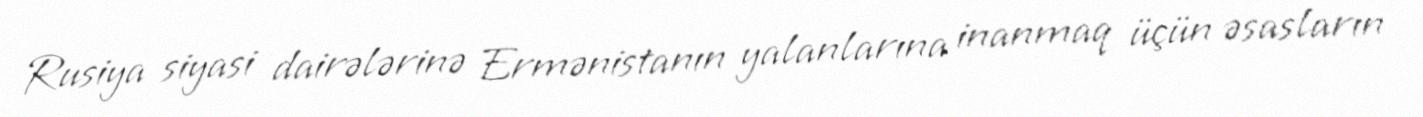
Rusiya siyasi dairələrinə Ermənistanın yalanlarına inanmaq üçün əsasların